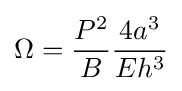
\Omega ={\frac {P^{2}}{B}}{\frac {4a^{3}}{Eh^{3}}}